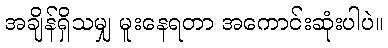
အချိန်ရှိသမျှ မူးနေရတာ အကောင်းဆုံးပါပဲ။